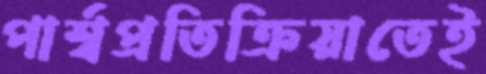
পার্শ্বপ্রতিক্রিয়াতেই